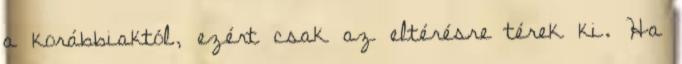
a korábbiaktól, ezért csak az eltérésre térek ki. Ha